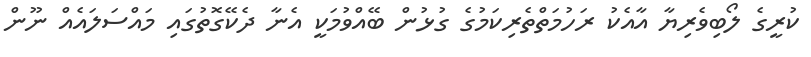
ކުރީގެ ލޯބިވެރިޔާ އާއެކު ރަހުމަތްތެރިކަމުގެ ގުޅުން ބޭއްވުމަކީ އެނާ ދެކޭގޮތުގައި މައްސަލައެއް ނޫން